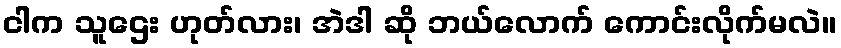
ငါက သူဌေး ဟုတ်လား၊ အဲဒါ ဆို ဘယ်လောက် ကောင်းလိုက်မလဲ။